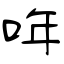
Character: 哖